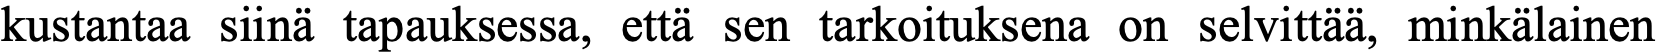
kustantaa siinä tapauksessa, että sen tarkoituksena on selvittää, minkälainen